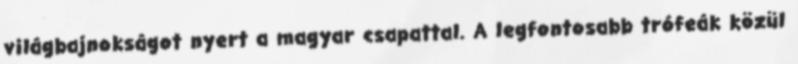
világbajnokságot nyert a magyar csapattal. A legfontosabb trófeák közül